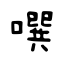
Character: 噀